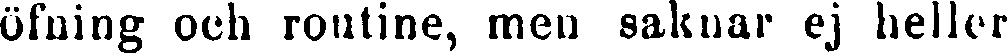
öfning och routine, men saknar ej heller